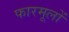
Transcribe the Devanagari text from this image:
फारमूलों